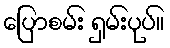
ပြောစမ်း ရှမ်းပုပ်။